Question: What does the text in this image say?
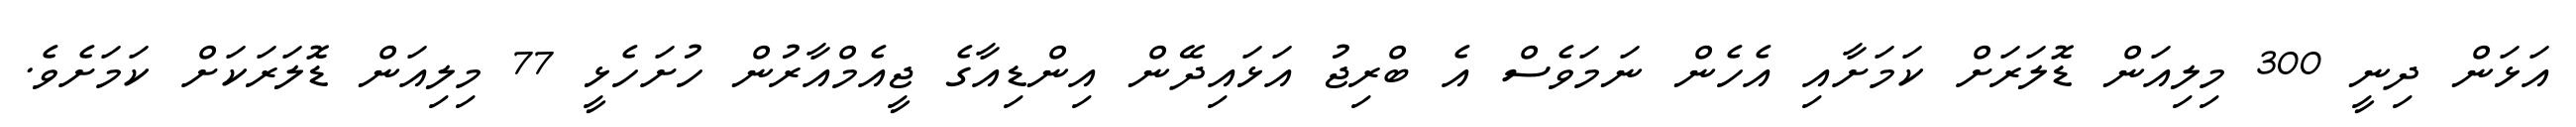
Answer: އަޅަން ދިނީ 300 މިލިއަން ޑޮލަރަށް ކަމަށާއި އެހެން ނަމަވެސް އެ ބްރިޖު އަޅައިދޭން އިންޑިއާގެ ޖީއެމްއާރުން ހުށަހެޅީ 77 މިލިއަން ޑޮލަރަކަށް ކަމަށެވެ.